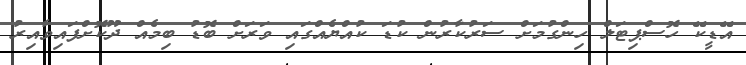
އޭޑީކޭ ހޮސްޕިޓަލް ހިންގުމަށް ސަރުކާރުން ކުޑަ ކުއްޔެއްގައި ވަރަށް ބޮޑު ބިމެއް ދޫކޮށްފައިވާއިރު